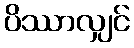
ပိဿာလျှင်